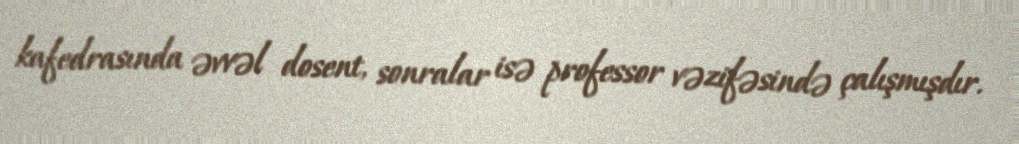
kafedrasında əvvəl dosent, sonralar isə professor vəzifəsində çalışmışdır.